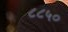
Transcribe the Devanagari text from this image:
८८५०